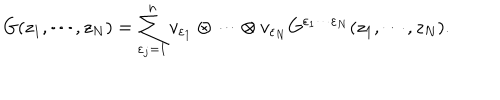
G ( z _ { 1 } , \cdots , z _ { N } ) = \sum _ { \varepsilon _ { j } = 1 } ^ { n } v _ { \varepsilon _ { 1 } } \otimes \cdots \otimes v _ { \varepsilon _ { N } } G ^ { \varepsilon _ { 1 } \cdots \varepsilon _ { N } } ( z _ { 1 } , \cdots , z _ { N } ) .